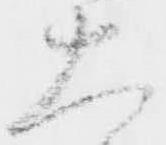
大